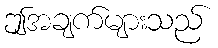
ဤအချက်များသည်